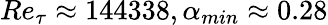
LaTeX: Re_{\tau}\approx 144338,\alpha_{min}\approx 0.28